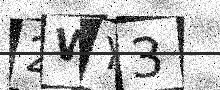
Text: 2WY3